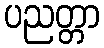
ပညတ္တာ